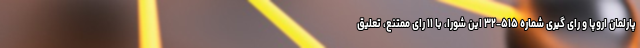
پارلمان اروپا و رای گیری شماره ۵۱۵-۳۲ این شورا، با ۱۱ رای ممتنع، تعلیق